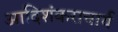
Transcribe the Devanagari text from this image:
आदिशंकराचार्य